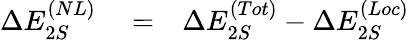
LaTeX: \begin{array}{rlr}{\Delta E_{2S}^{(NL)}}&{{}=}&{\Delta E_{2S}^{(Tot)}-\Delta E_{2S}^{(Loc)}}\end{array}